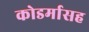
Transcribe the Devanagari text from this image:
कोडर्मासह